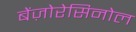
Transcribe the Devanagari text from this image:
बेंज़ोरेसिनोल